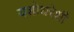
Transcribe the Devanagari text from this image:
यशोधरेशी